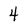
Character: 4